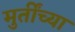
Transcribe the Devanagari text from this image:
मुर्तींच्या